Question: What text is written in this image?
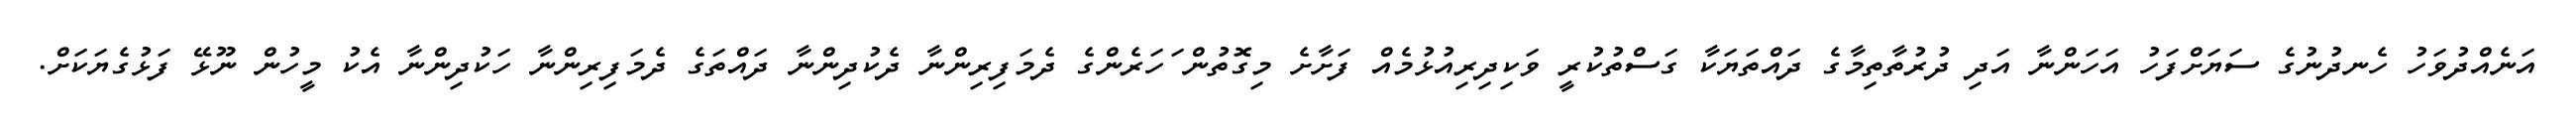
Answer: އަނެއްދުވަހު ހެނދުނުގެ ސަޔަށްފަހު އަހަންނާ އަދި ދުރުތާތިމާގެ ދައްތަޔަކާ ގަސްތުކުރީ ވަކިދިރިއުޅުމެއް ފަށާށެ މިގޮތުން ަހަރެންގެ ދެމަފިރިންނާ ދެކުދިންނާ ދައްތަގެ ދެމަފިރިންނާ ހަކުދިންނާ އެކު މީހުން ނޫޅޭ ފަޅުގެޔަކަށް.